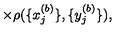
\times \rho ( \{ x _ { j } ^ { ( b ) } \} , \{ y _ { j } ^ { ( b ) } \} ) ,